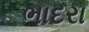
ભાદરા